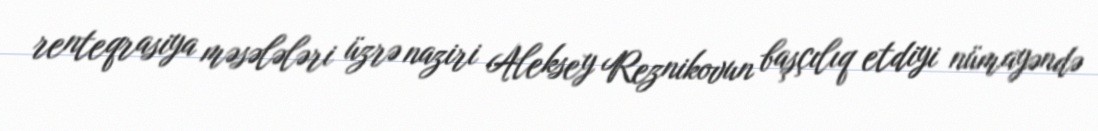
renteqrasiya məsələləri üzrə naziri Aleksey Reznikovun başçılıq etdiyi nümayəndə